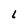
Character: L